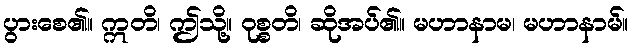
ပွားစေ၏။ ဣတိ၊ ဤသို့။ ဝုစ္စတိ၊ ဆိုအပ်၏။ မဟာနာမ၊ မဟာနာမ်။